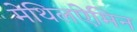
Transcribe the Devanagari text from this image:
मेथिलऐमिन